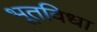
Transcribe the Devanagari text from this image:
भूतविधा